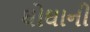
ઘોઘાની